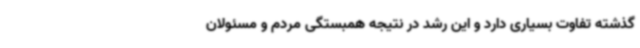
گذشته تفاوت بسیاری دارد و این رشد در نتیجه همبستگی مردم و مسئولان